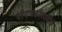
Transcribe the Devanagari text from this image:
पीएचडीसाठीचे